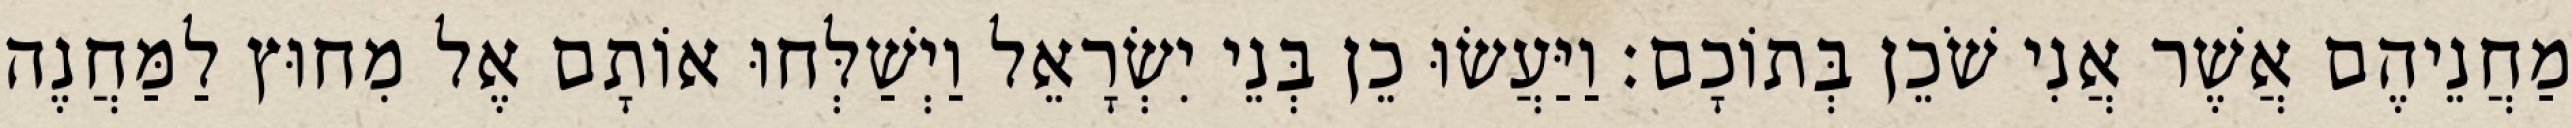
מַחֲנֵיהֶם אֲשֶׁר אֲנִי שֹׁכֵן בְּתוֹכָם׃ וַיַּעֲשׂוּ כֵן בְּנֵי יִשְׂרָאֵל וַיְשַׁלְּחוּ אוֹתָם אֶל מִחוּץ לַמַּחֲנֶה